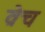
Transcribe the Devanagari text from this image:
व्रेच